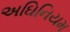
અઘિનિયમ